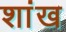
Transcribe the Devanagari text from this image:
शांख